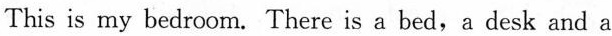
This is my bedroom. There is a bed,a desk and a